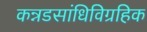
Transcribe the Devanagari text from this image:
कन्नडसांधिविग्रहिक